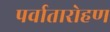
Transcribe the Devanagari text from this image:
पर्वातारोहण